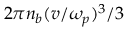
2 \pi n _ { b } ( v / \omega _ { p } ) ^ { 3 } / 3